Annual administration report of the Civil Veterinary Department of India - 1894-1895
Year: 1894
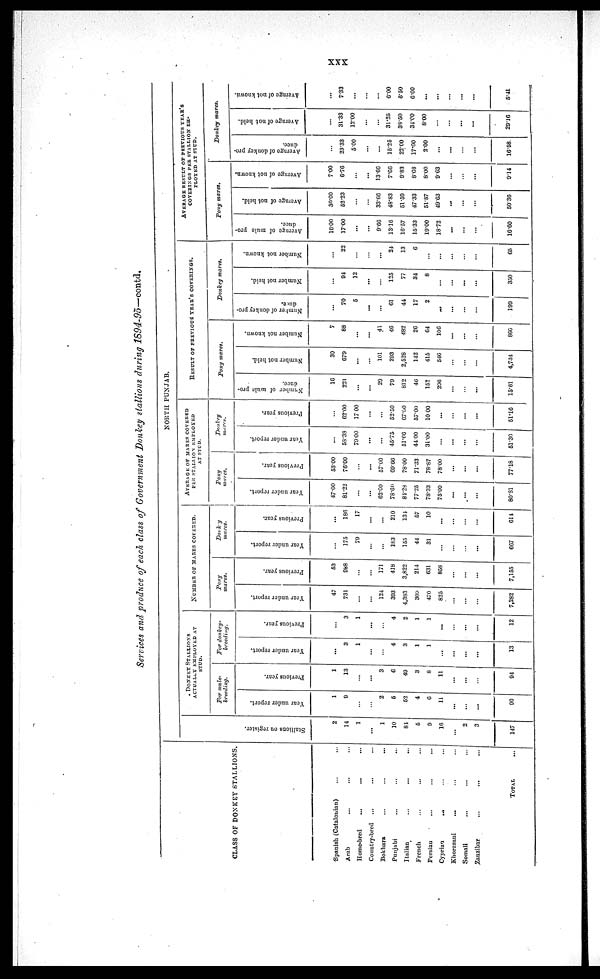
xxx
Services and produce of each class of Government Donley stallions during 1894-95—contd.
CLASS OF DONKEY STALLIONS.
Spanish (Catalonian) … …
Arab... … …
Home-bred
...
... …
Country-bred
…
…
...
Bokhara … … …
Punjabi … … …
Italian
…
...
...
French … … …
Persian
...
…
...
Cyprian
...
…
...
Khorasani
...
…
...
Somali … … …
Zanzibar
...
... …
TOTAL
...
NORTH PUNJAB.
St al l
i
ons ou register.
2
14
1
…
1
10
84
5
9
16
...
2
3
147
DONKEY STALLIONS
ACTUALLY EMPLOYED AT
STUD.
For mule¬
breeding.
Year under report.
1
9
…
…
2
5
52
4
6
11
...
…
…
90
Previous year.
1
13
…
...
3
6
49
3
8
11
…
…
…
94
For donkey¬
breeding.
Year under report.
…
3
1
…
…
4
3
1
1
…
…
...
...
13
Previous year.
…
3
1
...
…
4
2
1
1
...
…
...
…
12
NUMBER OF MARES COVERED.
Pony
mares.
Year under report.
47
731
…
…
124
393
4,383
309
470
825
…
…
…
7,282
Previous year.
53
988
…
…
171
418
3,822
214
631
858
…
…
…
7,155
Donkey
mares.
Year under report.
…
175
79
…
…
183
155
44
31
…
…
…
...
667
Previous year.
…
186
17
…
…
210
131
57
10
...
…
…
…
614
PER STALLION
EMPLOYED
AT STUD.
Pony
mares.
Year under report.
47.00
81.22
...
...
62.00
78.60
84.28
77.25
78.33
75.00
...
...
...
80.81
Previous year.
53.00
76.00
...
...
57.00
69.66
78.00
71.33
78.87
78.00
…
…
...
77.18
Donkey
mares.
Year under report.
…
58.38
79.00
...
...
45.75
51.66
44.00
31.00
...
...
…
…
51.30
Previous year.
…
62.00
17.00
…
…
52.50
67.00
57.00
10.00
…
…
…
…
51.16
RESULT OF PREVIOUS YEAR'S COVERINGS.
Pony mares.
Number of mule pro-
duce.
16
221
…
…
29
79
812
46
152
206
…
…
...
15.61
Number not held.
30
679
...
…
101
293
2,528
142
415
546
…
…
…
4,734
Number not known.
7
88
…
…
41
46
482
26
64
106
…
…
…
860
Donkey mares.
Number of donkey pro-
duce.
…
70
5
...
…
61
44
17
2
…
…
…
…
199
Number not held.
…
94
12
...
…
125
77
34
8
…
…
…
...
350
Number not known.
…
22
…
…
…
24
13
6
…
…
…
…
…
65
AVERAGE RESULT OF PREVIOUS YEAR'S
COVERINGS PER STALLION EH-
PLOYED AT STUD
Pony mares.
Average of mule pro-
duce.
16.00
17.00
…
…
9.66
13.16
16.57
15.33
19.00
18.72
…
…
…
16.60
Average of not held.
30.00
52.23
…
…
33.66
48.83
51.59
47.33
51.87
49.63
...
…
…
50.36
Average of not known.
7.00
6.76
…
…
13.66
7.66
9.83
8.66
8.00
9.63
…
…
…
9.14
Donkey mares.
Average of donkey pro-
duce.
…
23.33
5.00
…
…
15.25
22.00
17.00
2.00
…
…
…
…
16.58
Average of not held.
…
31.33
12.00
…
…
31.25
33.50
31.00
8.00
…
…
...
…
29.16
Average of not known.
…
7.33
…
…
…
6.00
6.50
6.00
...
...
…
…
…
5.41